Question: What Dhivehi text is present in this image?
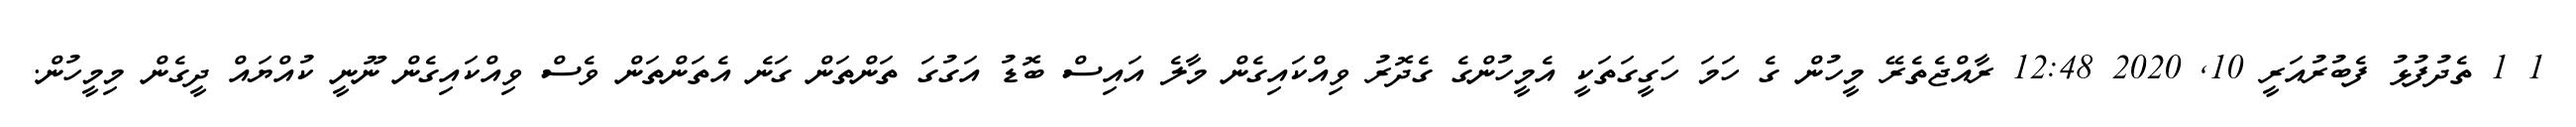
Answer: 1 1 ތެދުފުޅު ފެބުރުއަރީ 10, 2020 12:48 ރާއްޖެތެރޭ މީހުން ގެ ހަމަ ހަގީގަތަކީ އެމީހުންގެ ގެދޮރު ވިއްކައިގެން މާލެ އައިސް ބޮޑު އަގުގަ ތަންތަން ގަނެ އެތަންތަން ވެސް ވިއްކައިގެން ނޫނީ ކުއްޔައް ދީގެން މިމީހުން.